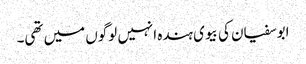
ابوسفیان کی بیوی ہندہ انہیں لوگوں میں تھی۔